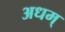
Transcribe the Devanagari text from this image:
अधम्